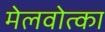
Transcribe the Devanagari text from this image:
मेलवोत्का